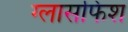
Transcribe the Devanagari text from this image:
ग्लासफिश